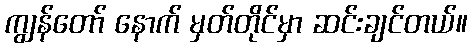
ကျွန်တော် နောက် မှတ်တိုင်မှာ ဆင်းချင်တယ်။